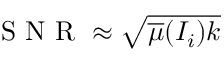
\begin{array} { r } { \mathrm { ~ S ~ N ~ R ~ } \approx \sqrt { \overline { { \mu } } ( I _ { i } ) k } } \end{array}